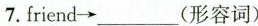
7.friend\rightarrow ___(形容词)